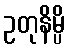
ဥတုနိမ္ပိ